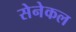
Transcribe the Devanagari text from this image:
सेनेकल